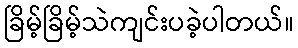
ခြိမ့်ခြိမ့်သဲကျင်းပခဲ့ပါတယ်။